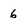
Character: 6